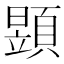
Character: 𩔐